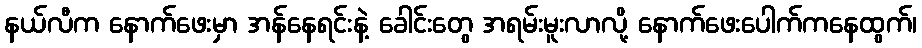
နယ်လီက နောက်ဖေးမှာ အန်နေရင်းနဲ့ ခေါင်းတွေ အရမ်းမူးလာလို့ နောက်ဖေးပေါက်ကနေထွက်၊